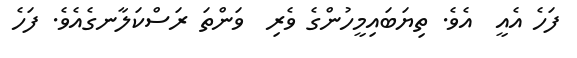
ފަހެ އެއީ  އެވެ. ތިޔަބައިމީހުންގެ ވެރި  ވަންތަ ރަސްކަލާނގެއެވެ. ފަހެ